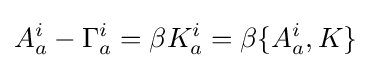
A_{a}^{i}-\Gamma _{a}^{i}=\beta K_{a}^{i}=\beta \{A_{a}^{i},K\}